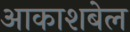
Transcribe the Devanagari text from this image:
आकाशबेल